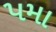
૫મા